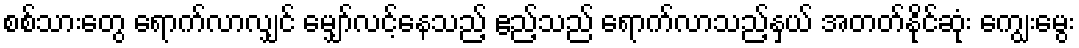
စစ်သားတွေ ရောက်လာလျှင် မျှော်လင့်နေသည့် ဧည့်သည် ရောက်လာသည့်နှယ် အတတ်နိုင်ဆုံး ကျွေးမွေး